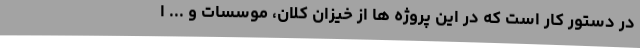
در دستور کار است که در این پروژه ها از خیزان کلان، موسسات و ... ا